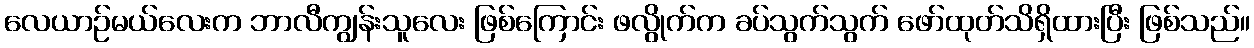
လေယာဉ်မယ်လေးက ဘာလီကျွန်းသူလေး ဖြစ်ကြောင်း ဖလွိုက်က ခပ်သွက်သွက် ဖော်ထုတ်သိရှိထားပြီး ဖြစ်သည်။